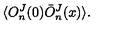
\langle O _ { n } ^ { J } ( 0 ) \bar { O } _ { n } ^ { J } ( x ) \rangle .